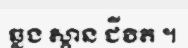
ឆ្លង ស្ពាន ជីវិត ។